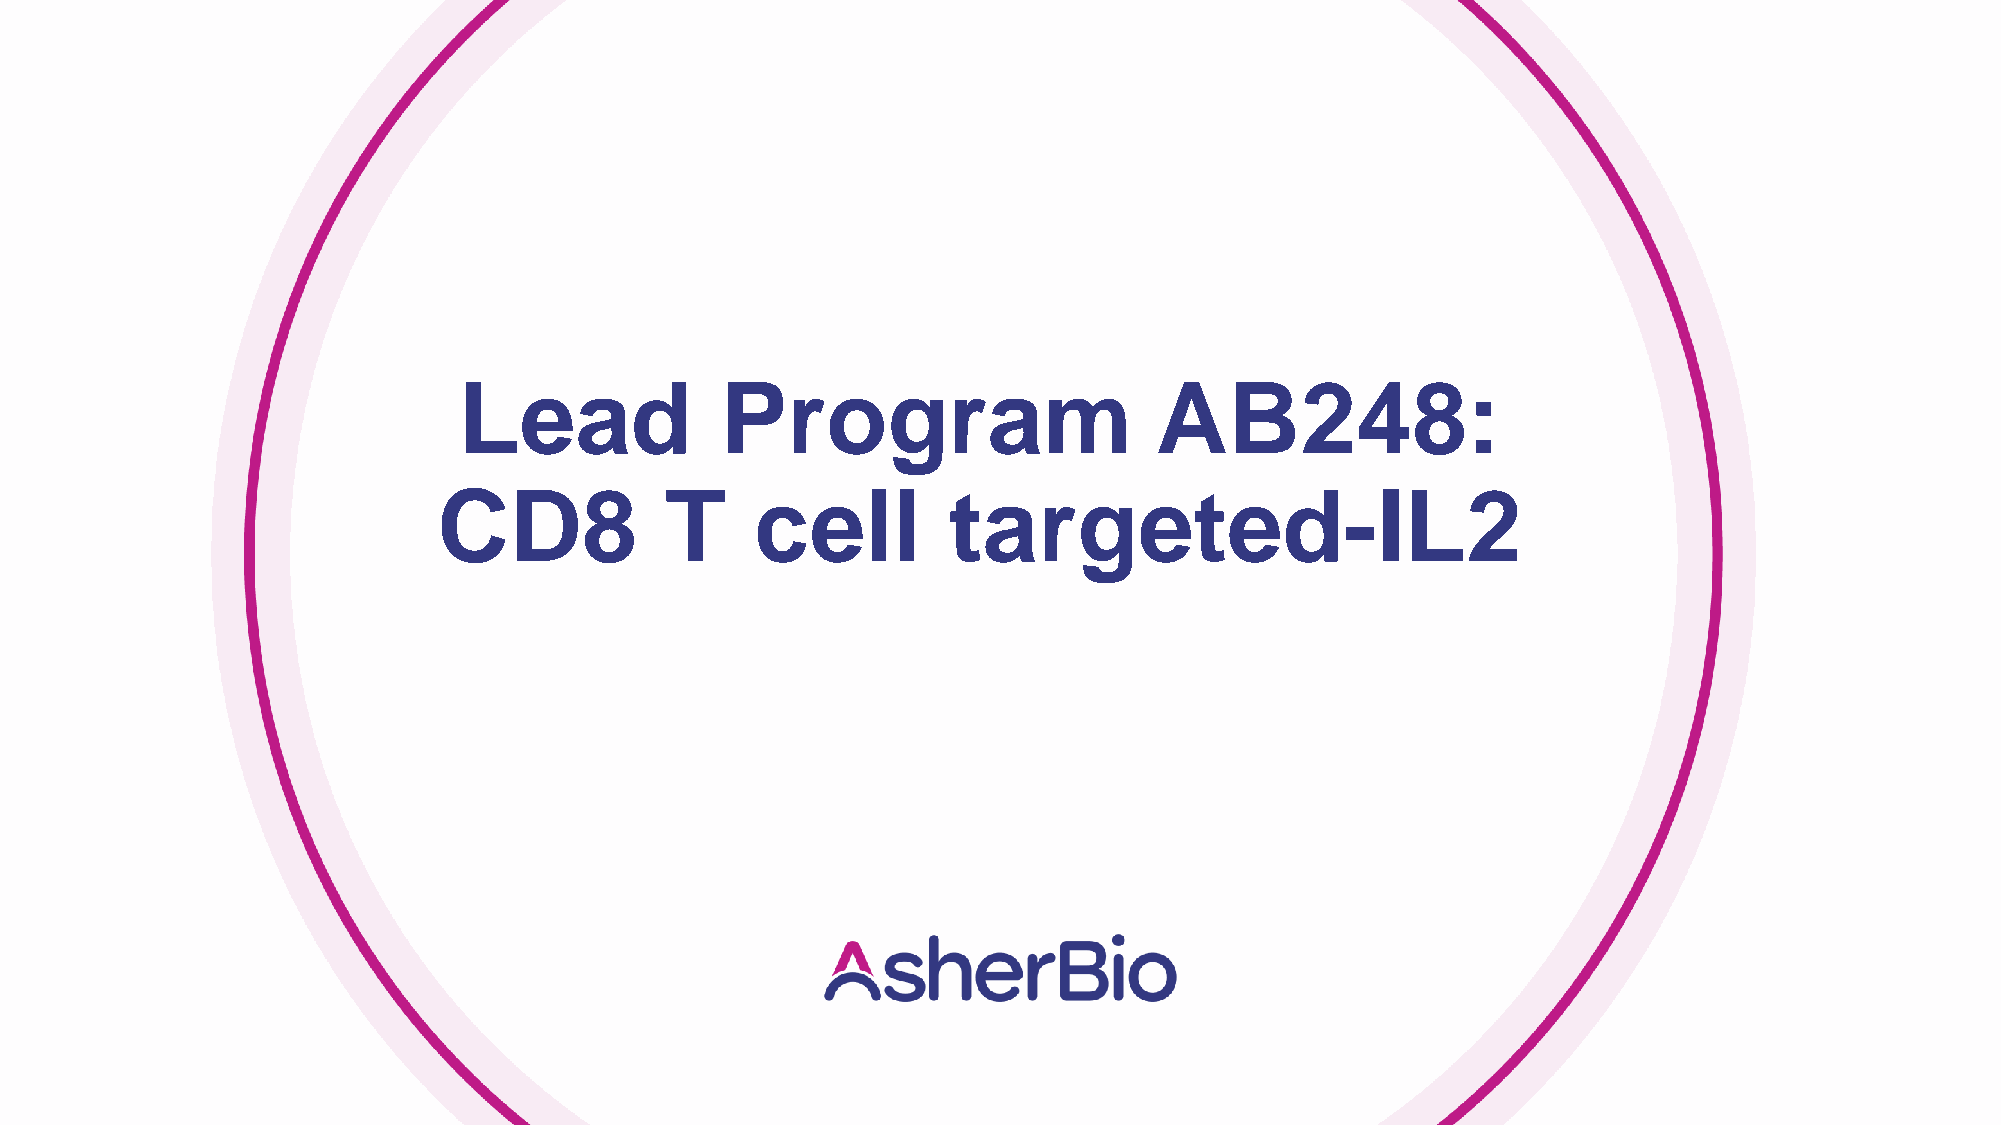
Lead              Program                     AB248:
 CD8            T     cell         targeted-IL2